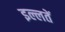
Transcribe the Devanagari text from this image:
इल्लतें